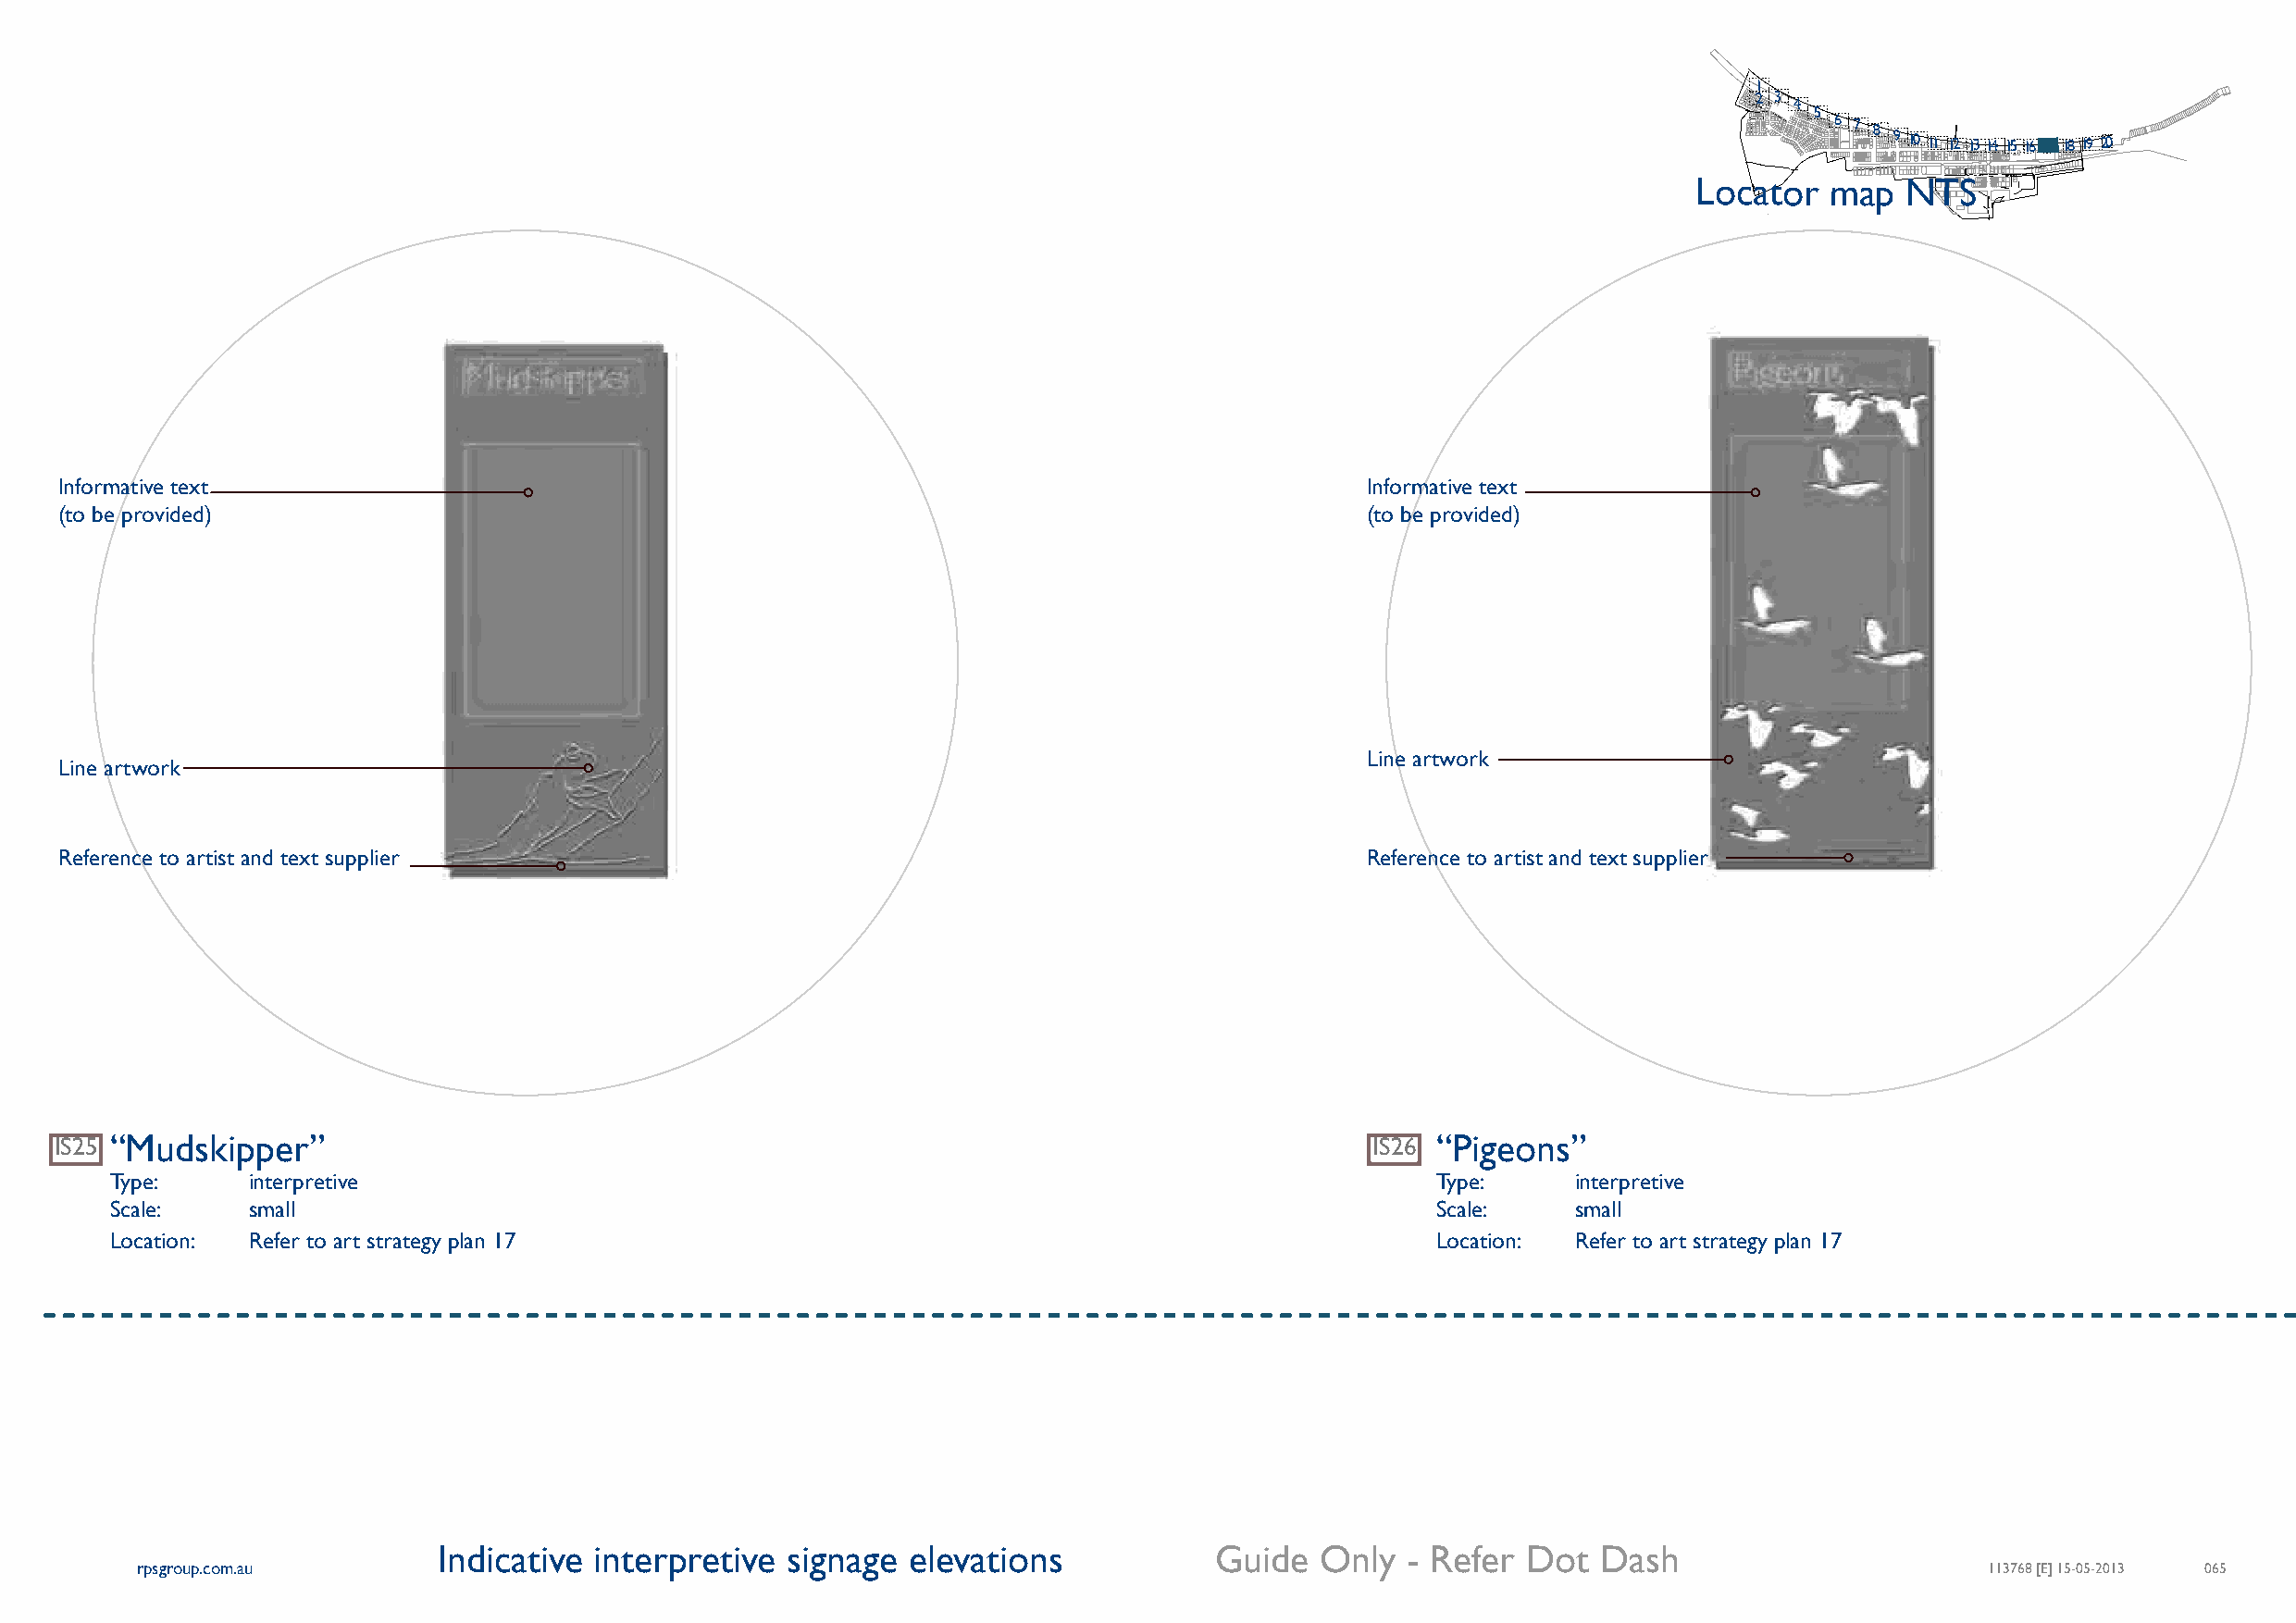
1
 2 3
 4
 5
 6 7 8 9 10 11 12 13 14 15 16 17 18 19 20
 Locator   map  NTS
 Informative text                                                                              Informative text
 (to be provided)                                                                              (to be provided)
 Line artwork
 Line artwork
 Reference to artist and text supplier                                                         Reference to artist and text supplier
 IS25 “Mudskipper”                                                                             IS26 “Pigeons”
 Type:     interpretive                                                                         Type:     interpretive
 Scale:    small                                                                                Scale:    small
 Location: Refer to art strategy plan 17                                                        Location: Refer to art strategy plan 17
 Indicative  interpretive signage  elevations            Guide  Only   - Refer Dot  Dash
 rpsgroup.com.au                                                                                                                     113768 [E] 15-05-2013 065